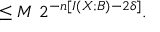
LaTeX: \leq M \ 2 ^ { - n \left[ I \left( X ; B \right) - 2 \delta \right] } .